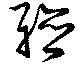
聴